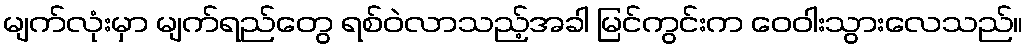
မျက်လုံးမှာ မျက်ရည်တွေ ရစ်ဝဲလာသည့်အခါ မြင်ကွင်းက ဝေဝါးသွားလေသည်။